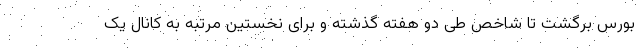
بورس برگشت تا شاخص طی دو هفته گذشته و برای نخستین مرتبه به کانال یک